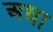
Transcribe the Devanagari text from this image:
अधा